Indian journal of veterinary science and animal husbandry - Volume 3,
Year: 1933
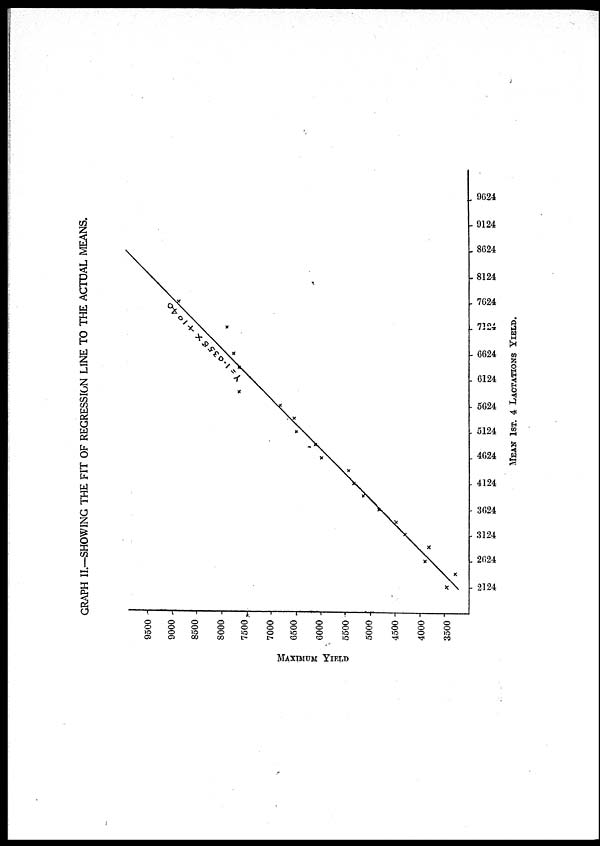
GRAPH II.—SHOWING THE FIT OF REGRESSION LINE TO THE ACTUAL MEANS.
MEAN 1ST. 4 LACTATION YIELD.